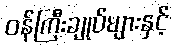
ဝန်ကြီးချုပ်များနှင့်